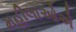
મહીલાઓએ